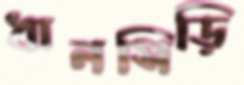
ধানসিড়ি